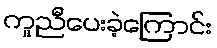
ကူညီပေးခဲ့ကြောင်း